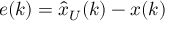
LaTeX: e ( k ) = { \hat { x } } _ { U } ( k ) - x ( k )